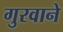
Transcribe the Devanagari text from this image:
गुरवाने